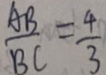
\frac { A B } { B C } = \frac { 4 } { 3 }